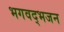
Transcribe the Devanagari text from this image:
भगवद्भजन